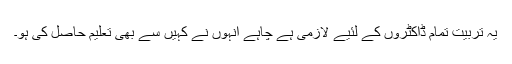
یہ تربیت تمام ڈاکٹروں کے لئیے لازمی ہے چاہے انہوں نے کہیں سے بھی تعلیم حاصل کی ہو۔